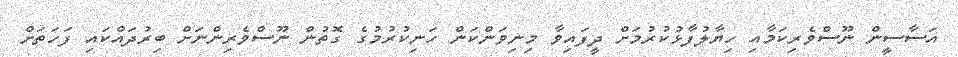
އަސާސީން ނޫސްވެރިކަމާއި ހިޔާލުފާޅުކުރުމަށް ދީފައިވާ މިނިވަންކަން ހަނިކުރުމުގެ ގޮތުން ނޫސްވެރިންނަށް ބިރުދައްކައި ފަހަތަށް